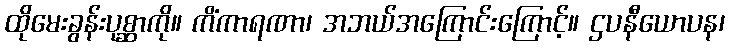
ထိုမေးခွန်းပုစ္ဆာကို။ ကိံကာရဏာ၊ အဘယ်အကြောင်းကြောင့်။ ဌပနီယောပန၊